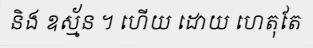
និង ឧស្ម័ន ។ ហើយ ដោយ ហេតុតែ